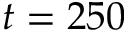
t = 2 5 0